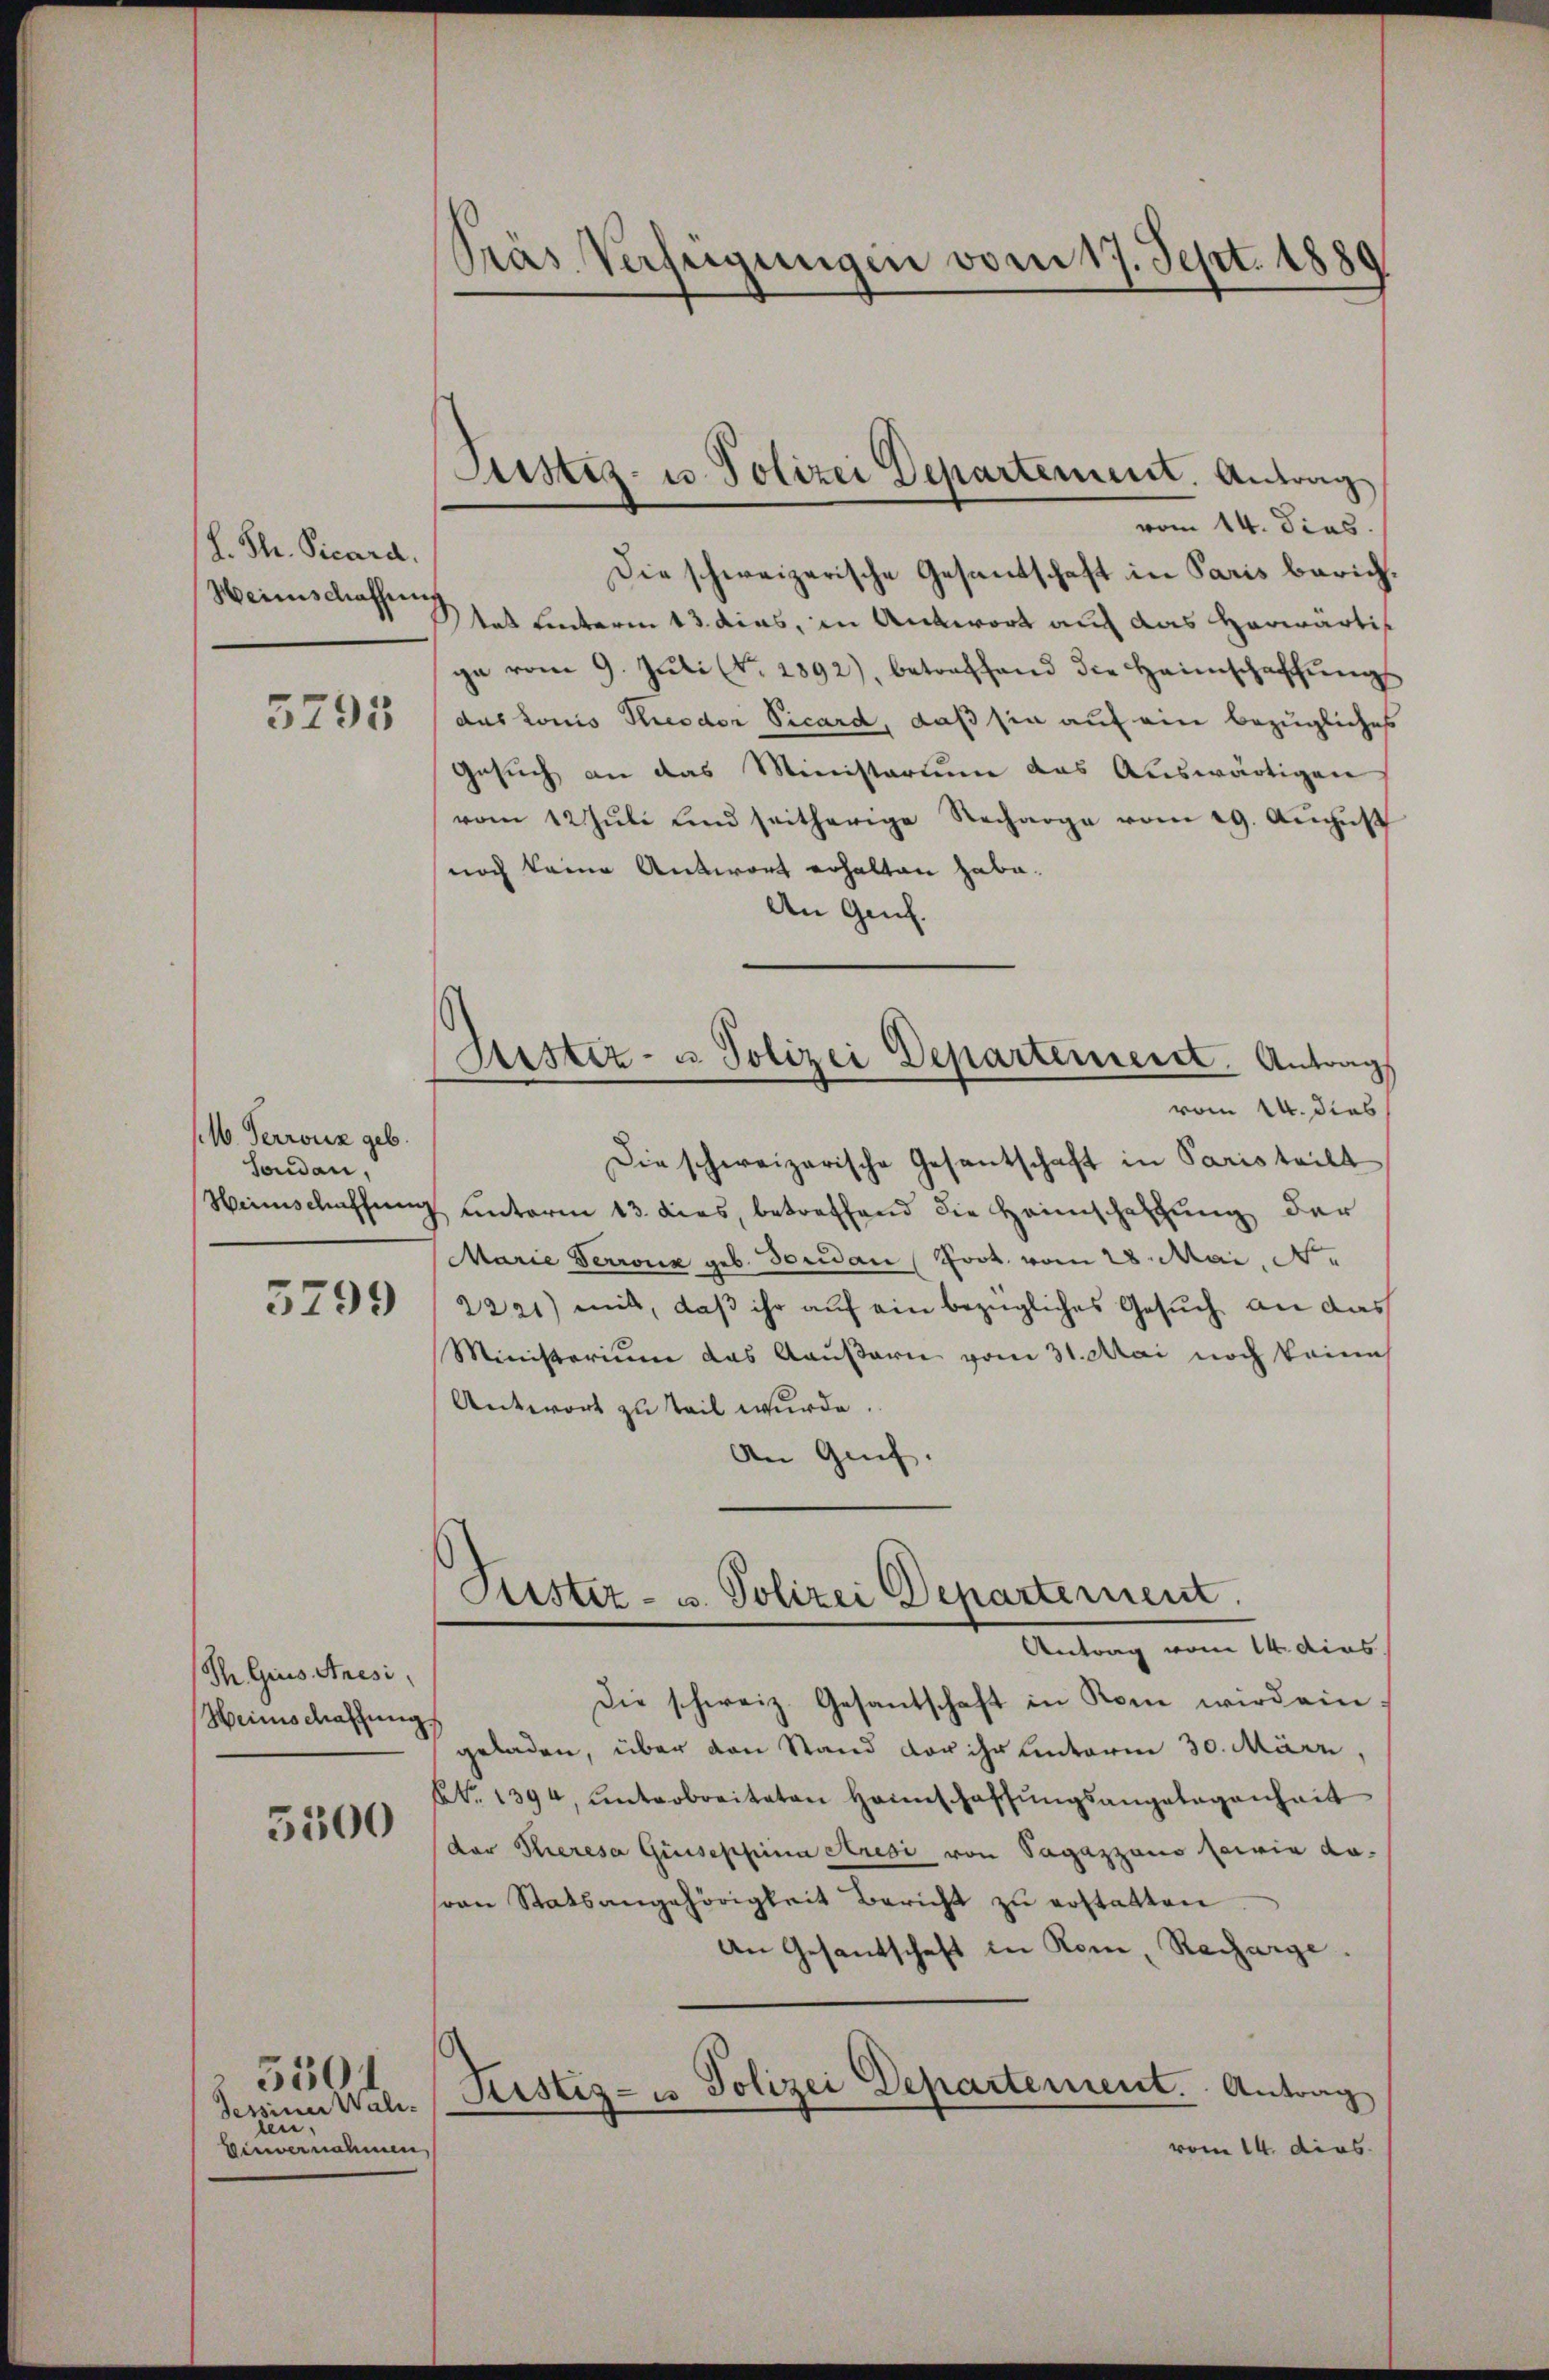
L. Th. Vicard.
Weinschaffung

5295

/.M. Perrouz geb.
Soudan,

3299

Ih Gius Anesi,
Heinschaffung
5500

Sessiner Wali-
ten.
Einvernahmen

550

Pras Verfügungen vom 17. Sept. 1889.

Justiz- u. Polizei Departement. Antrag

Justiz- u Polizei Departement. Antrag
vom 14. dies

vom 14. dias.
Die schweizerische Gesandschaft in Paris berichtat hinterm 13. dies, in Antwort auch das Horwärtig
ga vom 9. Jŭli (Nr. 1892), betreffend die Heimschaffŭngs-
das Louis Rieodor Vicard, daß sie auf ein bezügliches
Gesuch an das Ministerium das Auswärtigen
vom 12 Jŭli und seitherige Recharge vom 29. Aŭgŭst
noch keine Antwort erhalten habe.
An Genf.
Die schweizerische Gesantschaft in Paris teilt
Weinschaffung unterm 13. dies, betreffend die Heimschaffung der
Marie Terroix geb. Bendan (Fort vom 28. Mai, N.
2221) mit, daß ihr auf ein bezügliches Gesuch an das
Ministerium das Kausarn vom 31. Mai noch keine
Antwort zu teil wurde.
An Grif.
Fister- u. Polizei Departement.
Antrag vom 14. dies
Die schweiz. Gesantschaft in Rom wird eingeladen, über den Stand vor ihr unterm 30. März,
NNo. 1394, unterbreiteten Hannschaffŭngsangetagenheit
der Theresa Giuseppina Aresi von Sagazzano sowie da-
ron Statsangehörigkeit Bericht zu erstatten
An Gesandschaft in Rom, Recharge.
Justiz- u Polizei Departement. Antrag
vom 14. dies